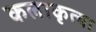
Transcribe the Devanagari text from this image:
कलाकृत्या